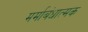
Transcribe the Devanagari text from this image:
मर्माबंधात्मक